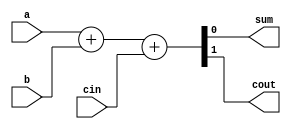
module FA_1bit (
  input wire a,
  input wire b,
  input wire cin,
  output wire sum,
  output wire cout
);
  assign {cout, sum} = a + b + cin;
endmodule

module CLA_ADDER (
  input wire signed [31:0] A,
  input wire signed [31:0] B,
  input wire cin,
  output wire signed [31:0] S,
  output wire cout,
  output wire overflow
);
  wire [31:0] g;
  wire [31:0] p;
  wire [31:0] SumCarry;

  // Generate and Propagate signals
  assign g = A & B;
  assign p = A | B;

  genvar i;
  generate
    for (i = 0; i < 32; i = i + 1) begin : generate_FA
      FA_1bit S_inst(g[i], p[i], (i == 0 ? cin : SumCarry[i-1]), S[i], SumCarry[i]);
    end
  endgenerate

  assign cout = SumCarry[31];
  assign overflow = (A[31] == B[31] && S[31] != A[31]) ? 1'b1 : 1'b0;

endmodule